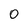
Character: 0